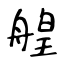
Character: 艎